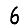
Digit: 6